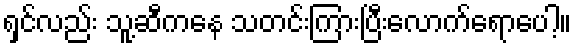
ရှင်လည်း သူ့ဆီကနေ သတင်းကြားပြီးလောက်ရောပေါ့။